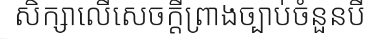
សិក្សាលើសេចក្តីព្រាងច្បាប់ចំនួនបី